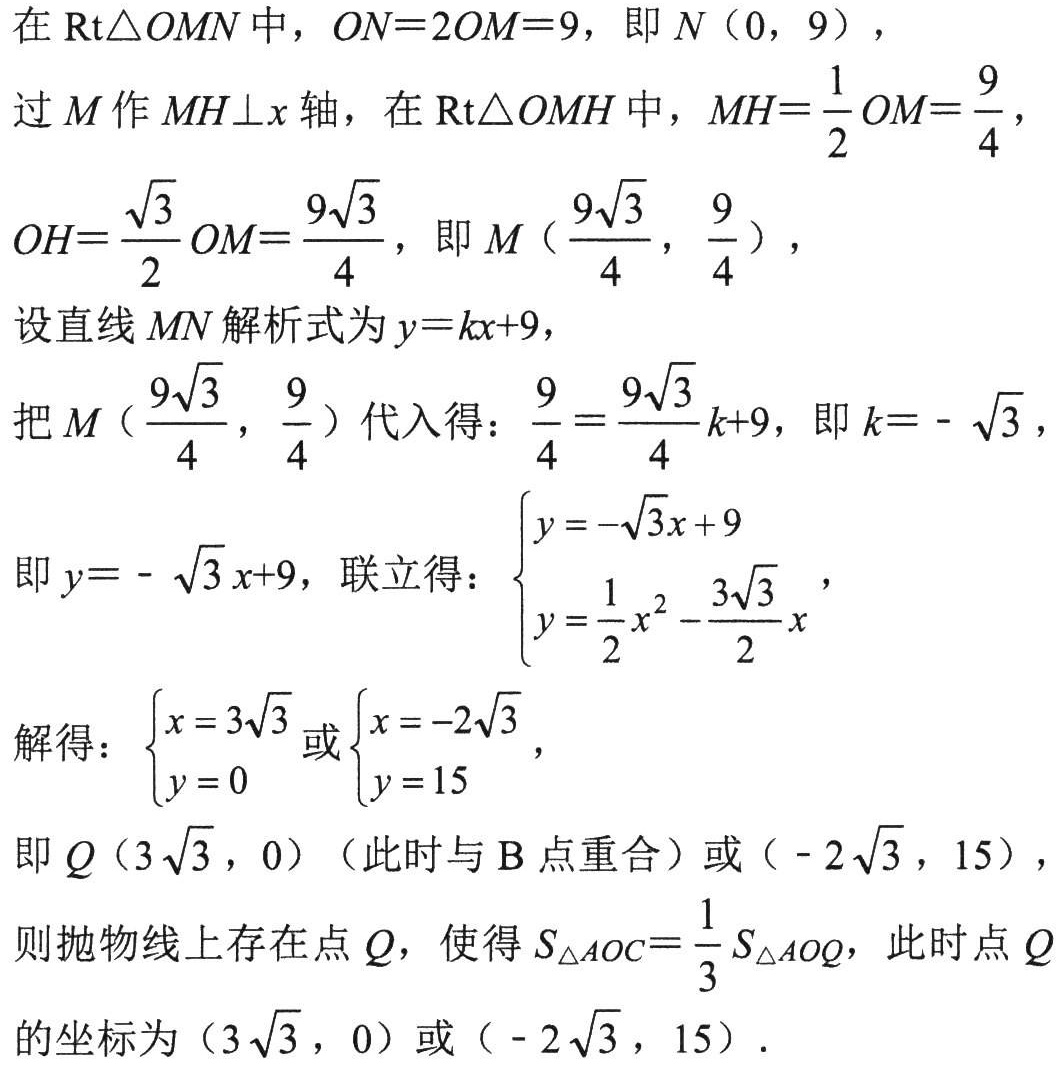
在$\text{Rt}\triangle  OMN$中，$ON = 2OM = 9$，即$N(0,9)$，
过$M$作$MH\perp x$轴，在$\text{Rt}\triangle  OMH$中，$MH=\frac{1}{2}OM = \frac{9}{4}$，
$OH=\frac{\sqrt{3}}{2}OM=\frac{9\sqrt{3}}{4}$，即$M(\frac{9\sqrt{3}}{4},\frac{9}{4})$，
设直线$MN$解析式为$y = kx + 9$，
把$M(\frac{9\sqrt{3}}{4},\frac{9}{4})$代入得：$\frac{9}{4}=\frac{9\sqrt{3}}{4}k + 9$，即$k=-\sqrt{3}$，
即$y = -\sqrt{3}x + 9$，联立得：$\begin{cases}y = -\sqrt{3}x + 9\\y=\frac{1}{2}x^{2}-\frac{3\sqrt{3}}{2}x\end{cases}$，
解得：$\begin{cases}x = 3\sqrt{3}\\y = 0\end{cases}$或$\begin{cases}x=-2\sqrt{3}\\y = 15\end{cases}$，
即$Q(3\sqrt{3},0)$（此时与$\text{B}$点重合）或$(-2\sqrt{3},15)$，
则抛物线上存在点$Q$，使得$S_{\triangle AOC}=\frac{1}{3}S_{\triangle AOQ}$，此时点$Q$的坐标为$(3\sqrt{3},0)$或$(-2\sqrt{3},15)$．